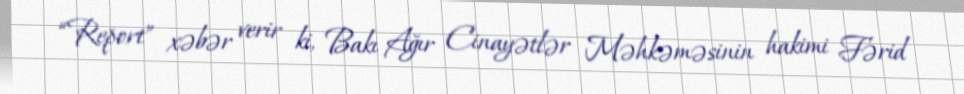
“Report” xəbər verir ki, Bakı Ağır Cinayətlər Məhkəməsinin hakimi Fərid